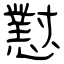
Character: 懟